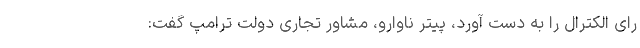
رای الکترال را به دست آورد، پیتر ناوارو، مشاور تجاری دولت ترامپ گفت: